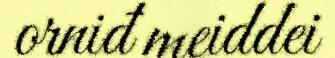
orniđ meiddei